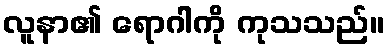
လူနာ၏ ရောဂါကို ကုသသည်။